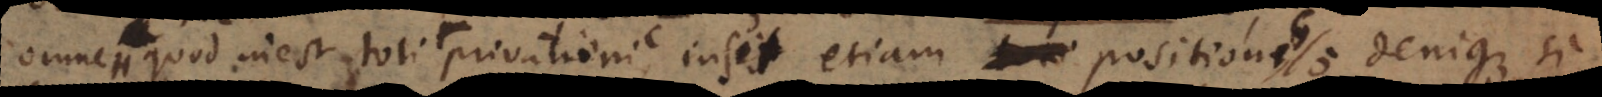
omne quod inest toti privationi, insit etiam positioni G; denique sin